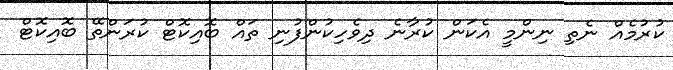
ކުރުމެއް ނެތި ނިންމީ އެކަން ކުރާނެ ދިވެހިކުންފުނި ތައް ބޮއިކޮޓް ކުރަންތޭ ބޮއިކޮޓް